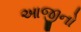
આજીનો